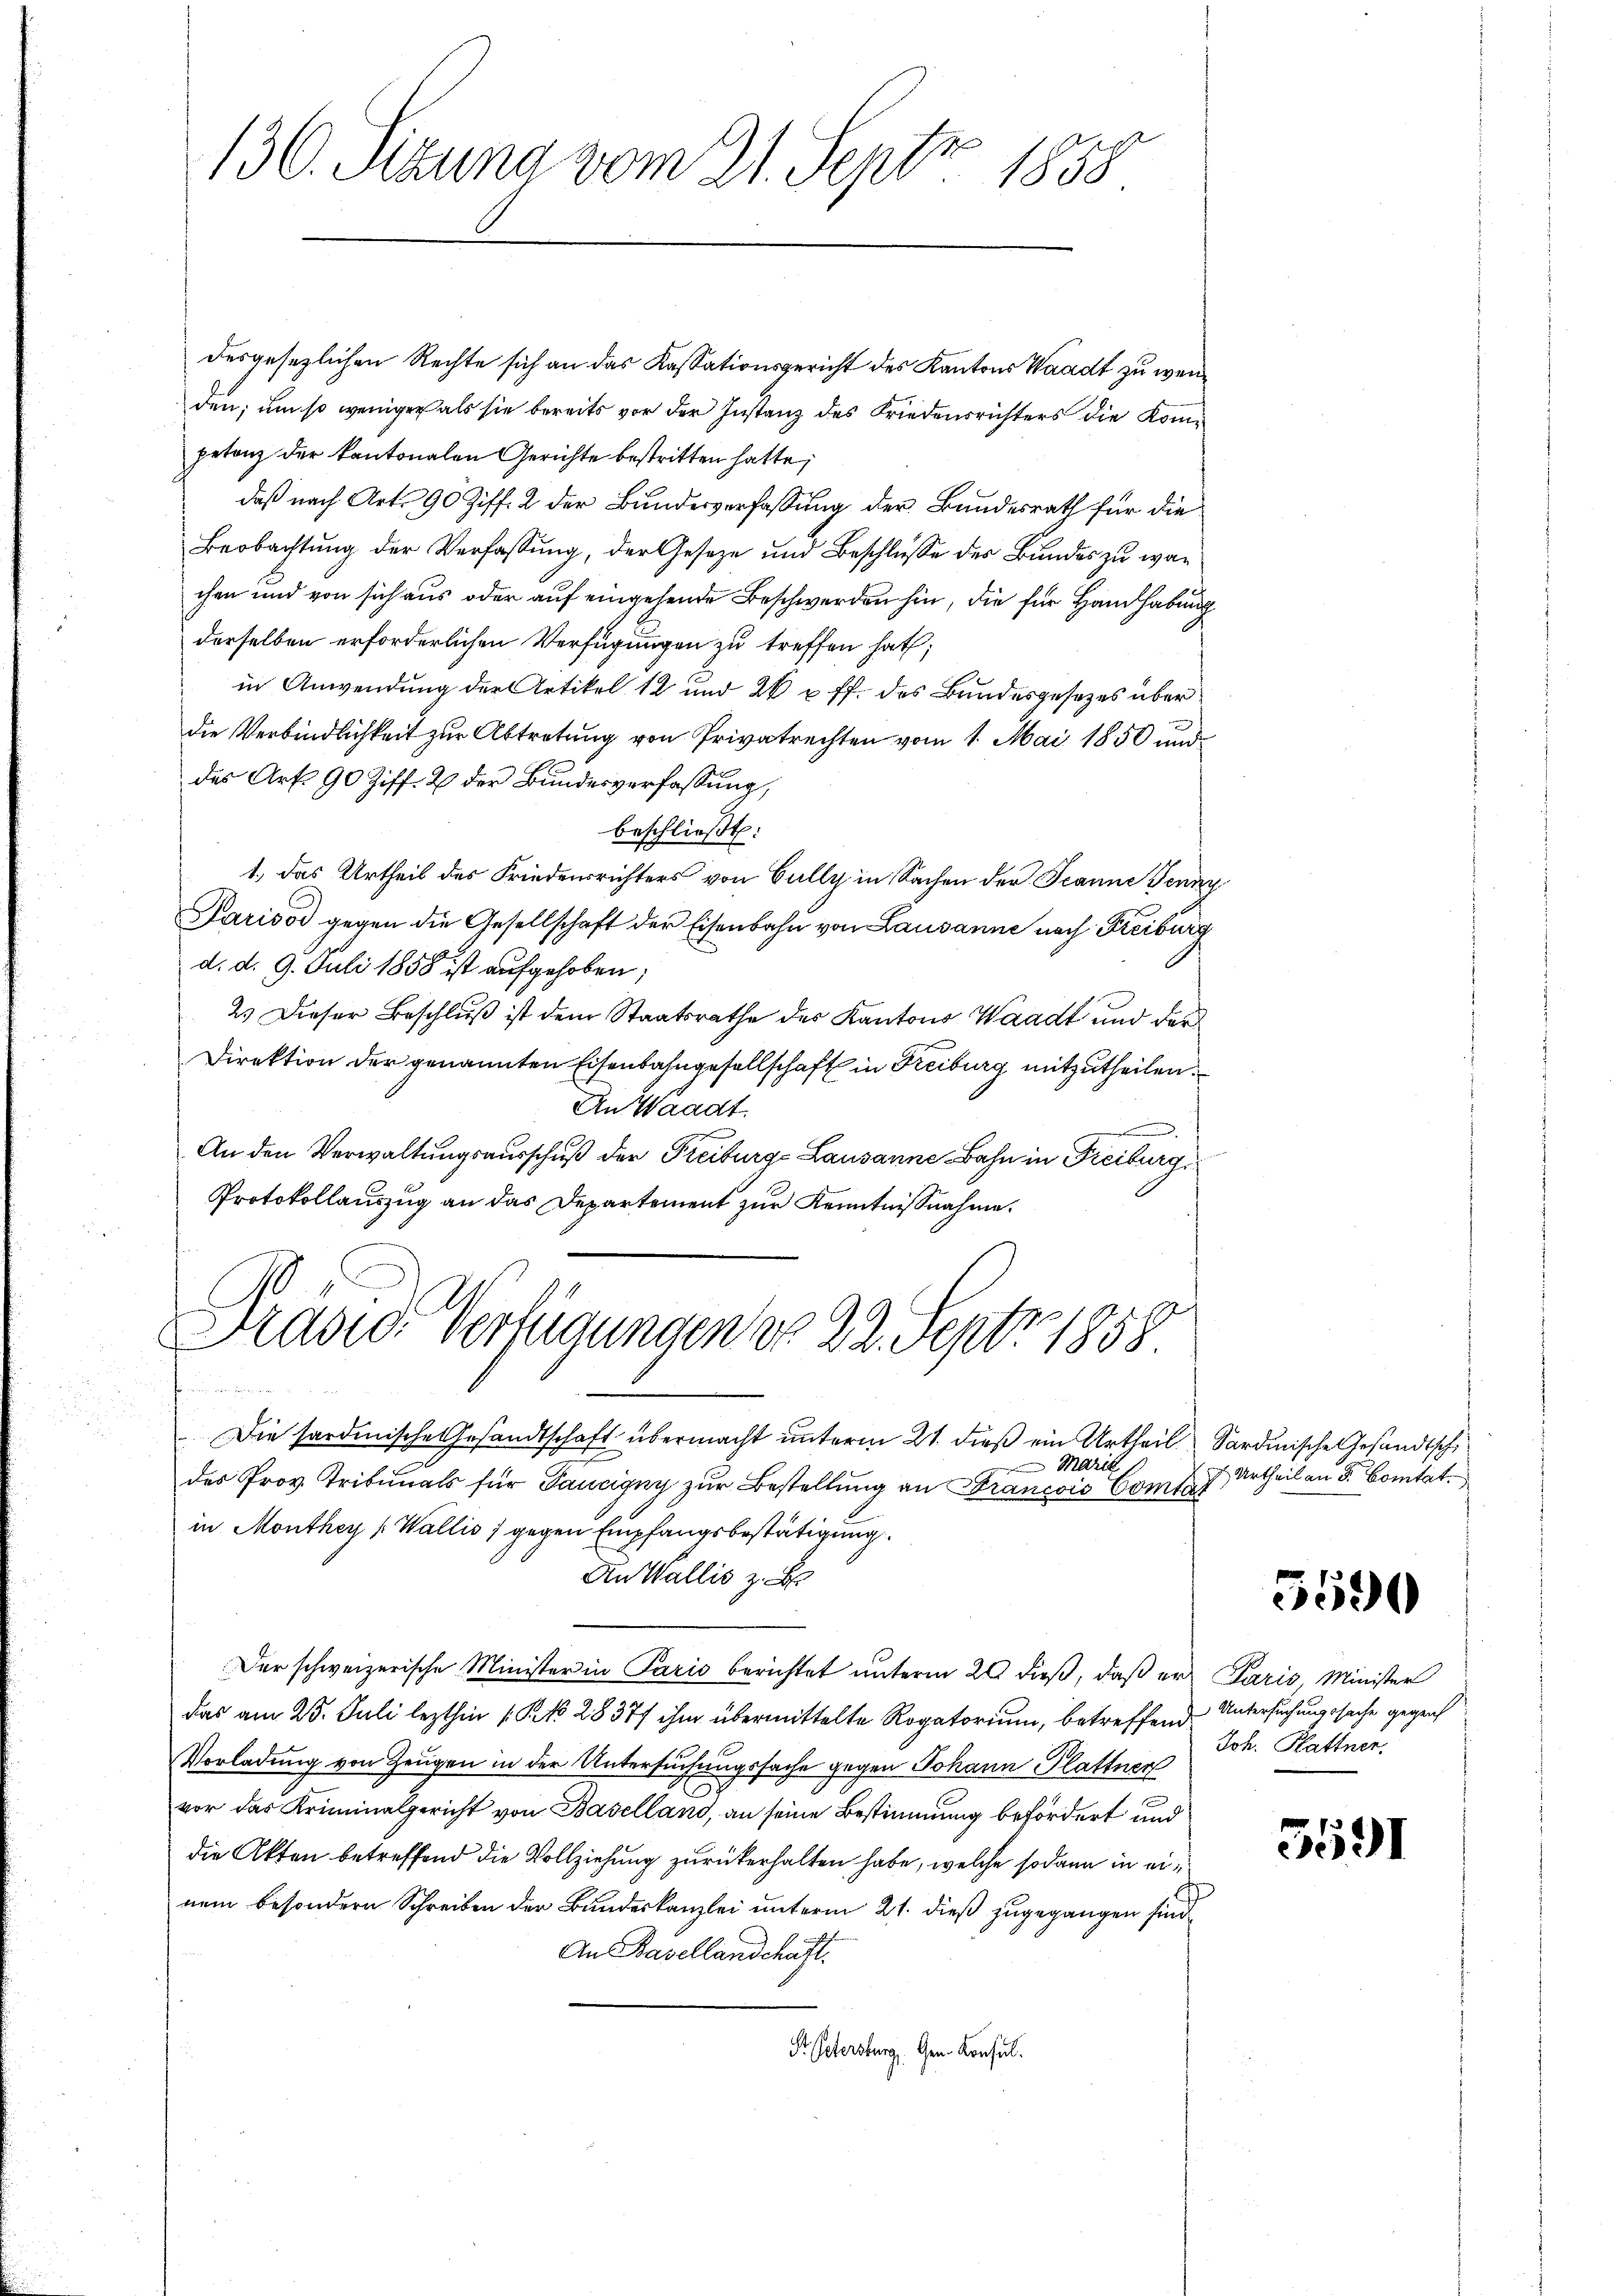
130. Sizung vom 21. Sept. 1858

desgesezlichen Rechte sich an das Kassationsgericht des Kantons Waadt zu werden; um so weniger als sie bereits vor der Instanz des Friedensrichters die Kompetanz der kantonalen Gerichte bestritten hatte,
daß nach Art. 90 Ziff. 2 der Bundesverfassung der Bundesrath für die
Beobachtung der Verfassung, der Geseze und Beschlüsse des Bundes zu war
chen und von sich aus oder auf eingehende Beschwerden hin, die für Handhabung
derselben erforderlichen Verfügungen zu treffen hat;
in Anwendung der Artikel 12 und 26 u. ff. des Bundesgesezes über
die Verbindlichkeit zur Abtretung von Privatrechten vom 1. Mai 1850 und
des Art. 90 Ziff. 2 der Bundesverfassung,
beschließt:
1., das Urtheil des Friedensrichters von Gully in Sachen der Jeanne Jenny
Parisos gegen die Gesellschaft der Eisenbahn von Lausanne nach Freiburg
d. d. 9. Juli 1858 ist aufgehoben;
2. Dieser Beschlŭβ ist dem Staatsrathe des Kantons Waadt und der
Direktion der genannten Eisenbahngesellschaft in Freiburg mitzutheilen.
An Waadt.
An den Verwaltungsausschuß der Freiburg-Lausanne Bahn in Freiburg
Protokollauszug an das Departement zur Kenntnißnahme.

Prasio-Verfügungen do 22. Sept. 1858

Die sardinische Gesandtschaft übermacht unterm 21. dieß ein Urtheil Sardinische Gesandtsch
 Marie
des Prov. Tribunals für Taucigny zur Bestellung an Francois Comtat
in Monthey (Wallis, gegen Empfangsbestätigung.
An Wallis z. B
Der schweizerische Minister in Paris berichtet unterm 20. dieß, daß er Paris, Minister
das am 25. Juli lezthin 1 § 2837/ ihm übermittelte Rogatorium, betreffend Untersuchungssache gegenh
Vorladung von Zeugen in der Untersuchungssache gegen Johann Plattner
vor das Kriminalgericht von Baselland, an seine Bestimmung befördert und
die Akten betreffend die Vollziehung zurückerhalten habe, welche sodann in einem besondern Schreiben der Bundeskanzlei unterm 21. dieß zugegangen sind,
An Basellanschaft.
Fr Petersburg, Gen. Konsul

Urtheil an Sr. Comitat.

3590

Joh. Hattner,

3591